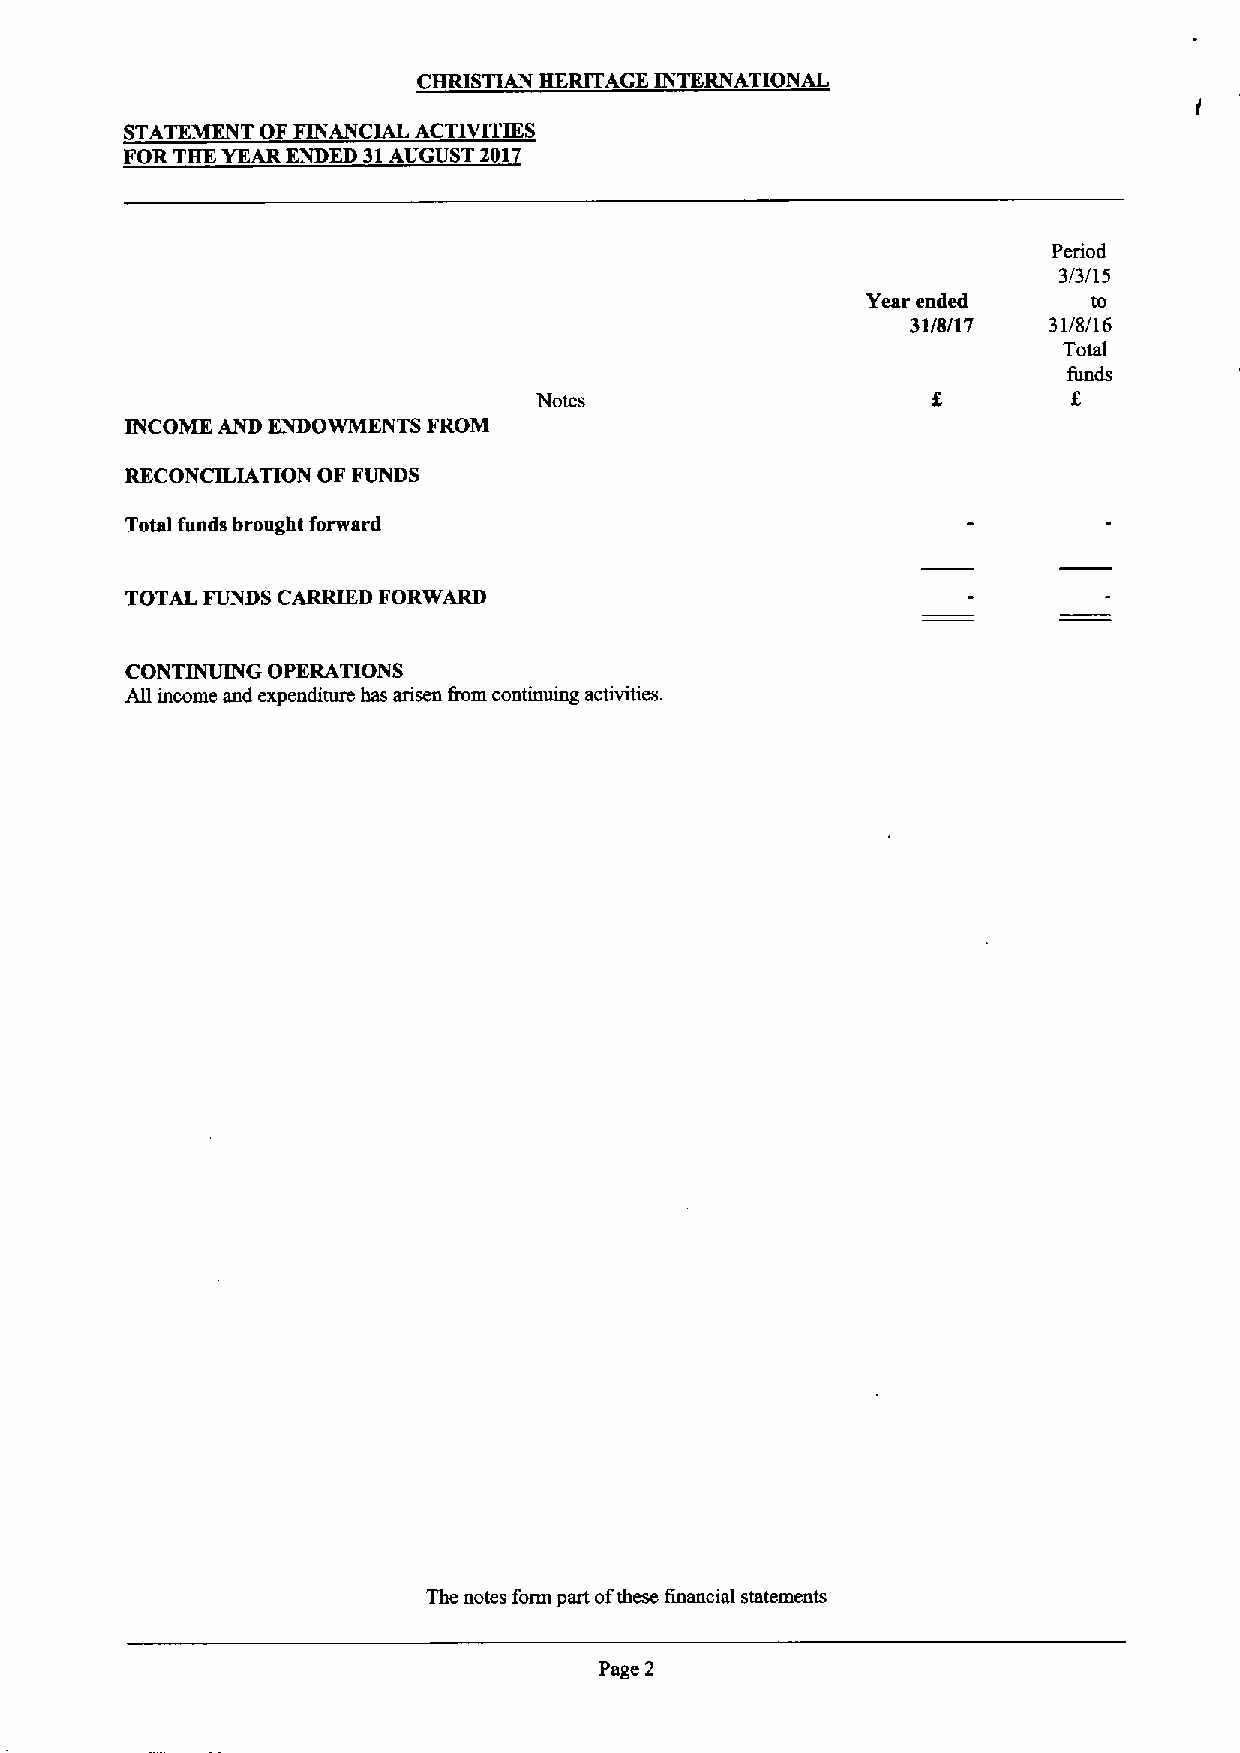
CHRISTIAN HERITAGE INTERNATIONAL
 STATEMENT OF FINANCIAL ACTIVITIES
 FOR THE YEAR ENDED 31AUGUST 201
 Period
 3/3/15
 Year ended     to
 31/8/17  31/8/16
 Total
 funds
 Notes                              f.
 INCOME AND ENDOWMENTS FROM
 RECONCILIATION OF FUNDS
 Total funds brought fortvard
 TOTAL FUNDS CARRIED FORWARD
 CONTINUING OPERATIONS
 All income and expenditure has arisen &om continuing activities.
 The notes form part ofthese financial statements
 Page 2